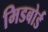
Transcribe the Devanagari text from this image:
मिडबोर्ड